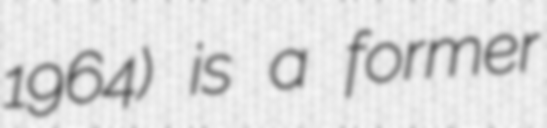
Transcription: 1964) is a former